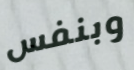
وبنفس